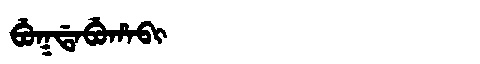
Manchu: ᠪᡠᡴᡩᠠᠪᡠᡥᠠᠪᡳ
Romanization: BUKDABUHABI